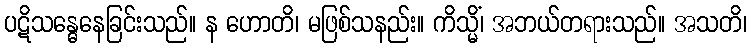
ပဋိသန္ဓေနေခြင်းသည်။ န ဟောတိ၊ မဖြစ်သနည်း။ ကိသ္မိံ၊ အဘယ်တရားသည်။ အသတိ၊